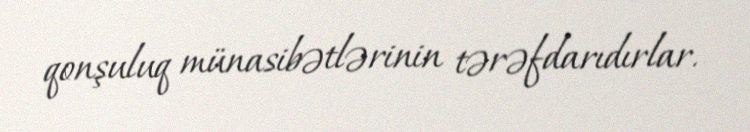
qonşuluq münasibətlərinin tərəfdarıdırlar.